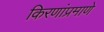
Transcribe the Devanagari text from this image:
किरणांप्रमाणे